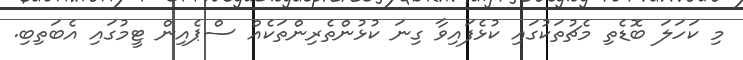
މި ކަހަލަ ބޮޑެތި މެޗުތަކުގައި ކުޅެފައިވާ ގިނަ ކުޅުންތެރިންތަކެއް ސްޕެއިން ޓީމުގައި އެބަތިބި.